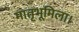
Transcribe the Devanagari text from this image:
मातृभूमिला।